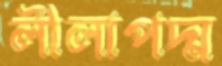
লীলাপদ্ম